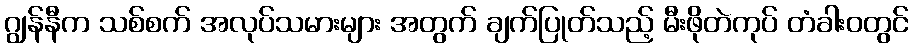
ဂျွန်နီက သစ်စက် အလုပ်သမားများ အတွက် ချက်ပြုတ်သည့် မီးဖိုတဲကုပ် တံခါးဝတွင်